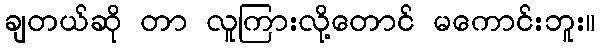
ချတယ်ဆို တာ လူကြားလို့တောင် မကောင်းဘူး။